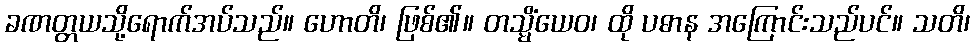
ခဏတ္တယသို့ရောက်အပ်သည်။ ဟောတိ၊ ဖြစ်၏။ တသ္မိံယေဝ၊ ထို ပဓာန အကြောင်းသည်ပင်။ သတိ၊